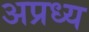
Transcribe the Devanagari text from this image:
अप्रध्य